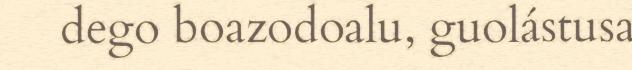
dego boazodoalu, guolástusa